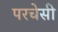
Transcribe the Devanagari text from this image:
परचेसी